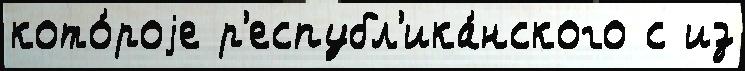
кото́роjе р'еспубл'ика́нского с из